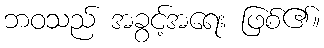
ဘဝသည် အခွင့်အရေး ဖြစ်၏။